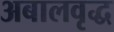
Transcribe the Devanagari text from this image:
अबालवृद्ध